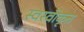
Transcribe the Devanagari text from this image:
स्वस्वीकृत